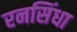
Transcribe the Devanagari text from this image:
रनसिंधा